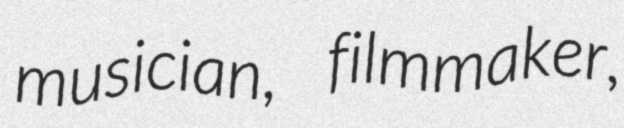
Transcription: musician, filmmaker,